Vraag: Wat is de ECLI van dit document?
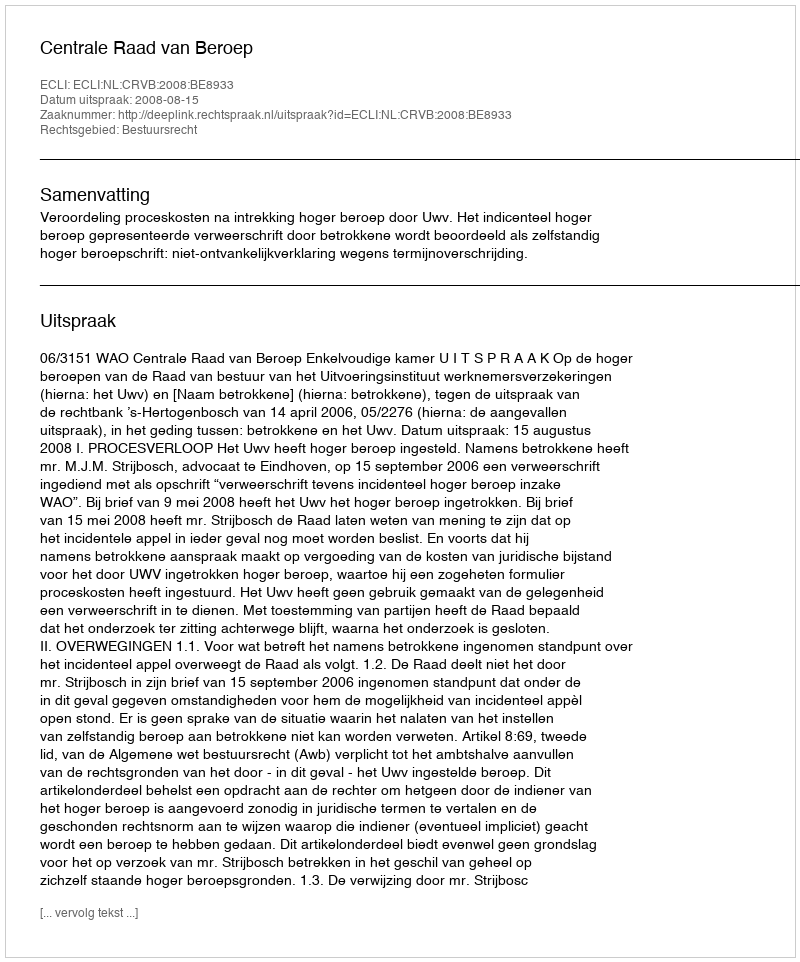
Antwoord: ECLI:NL:CRVB:2008:BE8933